Lunatic asylums in Bengal annual reports 1888-1898 - 1888-1898
Year: 1888
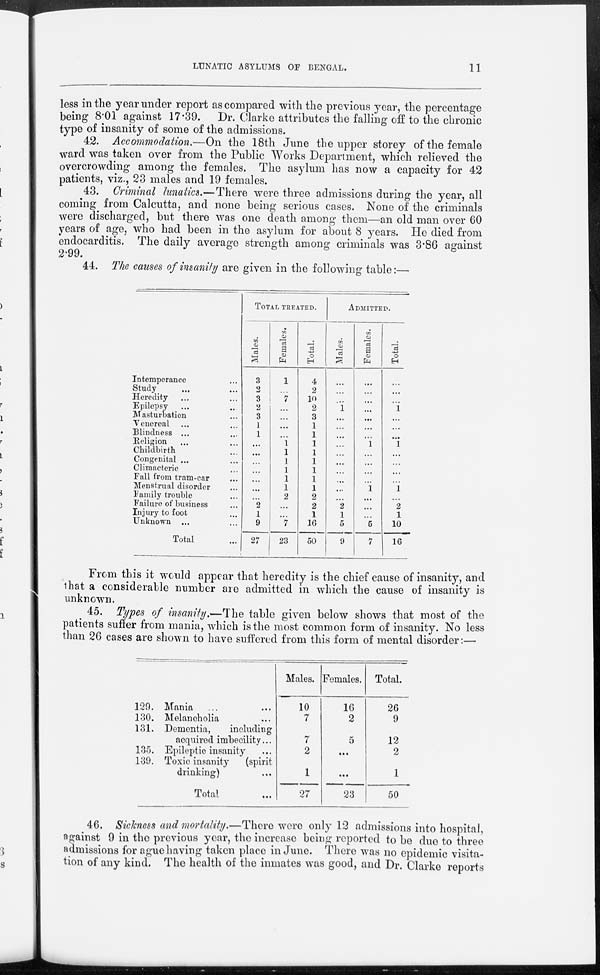
LUNATIC ASYLUMS OF BENGAL.
11
less in the year under report as compared with the previous year, the percentage
being 8.01 against 17.39. Dr. Clarke attributes the falling off to the chronic
type of insanity of some of the admissions.
42. Accommodation.—On the 18th June the upper storey of the female
ward was taken over from the Public Works Department, which relieved the
overcrowding among the females. The asylum has now a capacity for 42
patients, viz., 23 males and 19 females.
43. Criminal lunatics.—There were three admissions during the year, all
coming from Calcutta, and none being serious cases. None of the criminals
were discharged, but there was one death among them—an old man over 60
years of age, who had been in the asylum for about 8 years. He died from
endocarditis. The daily average strength among criminals was 3.86 against
2.99.
44. The causes of insanity are given in the following table:—
Intemperance ...
Study ... ...
Heredity ... ...
Epilepsy ... ...
Masturbation ...
Venereal ... ...
Blindness ... ...
Religion ... ...
Childbirth ...
Congenital ... ...
Climacteric ...
Fall from tram-car ...
Menstrual disorder ...
Family trouble ...
Failure of business ...
Injury to foot ...
Unknown ... ...
Total ...
TOTAL TREATED.
Males.
3
2
3
2
3
1
1
...
...
...
...
...
...
...
2
1
9
27
Females.
1
...
7
...
...
...
...
1
1
1
1
1
1
2
...
...
7
23
Total.
4
2
10
2
3
1
1
1
1
1
1
1
1
2
2
1
16
50
ADMITTED.
Males.
...
...
...
1
...
...
...
...
...
...
...
...
...
...
2
1
5
9
Females.
...
...
...
...
...
...
...
1
...
...
...
...
1
...
...
...
5
7
Total.
...
...
...
1
...
...
...
1
...
...
...
...
1
...
2
1
10
16
From this it would appear that heredity is the chief cause of insanity, and
that a considerable number are admitted in which the cause of insanity is
unknown.
45. Types of insanity.—The table given below shows that most of the
patients suffer from mania, which is the most common form of insanity. No less
than 26 cases are shown to have suffered from this form of mental disorder:—
129. Mania
... ...
130. Melancholia ...
131. Dementia,
including
acquired imbecility...
135. Epileptic insanity ...
139. Toxic insanity
(spirit
drinking) ...
Total ...
Males.
10
7
7
2
1
27
Females.
16
2
5
...
...
23
Total.
26
9
12
2
1
50
46. Sickness and mortality.—There were only 12 admissions into hospital,
against 9 in the previous year, the increase being reported to be due to three
admissions for ague having taken place in June. There was no epidemic visita-
tion of any kind. The health of the inmates was good, and Dr. Clarke reports